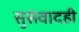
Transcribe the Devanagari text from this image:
सुसंवादही